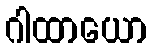
ဂါထာယော